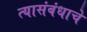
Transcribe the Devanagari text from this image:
त्यासंबंधाचे